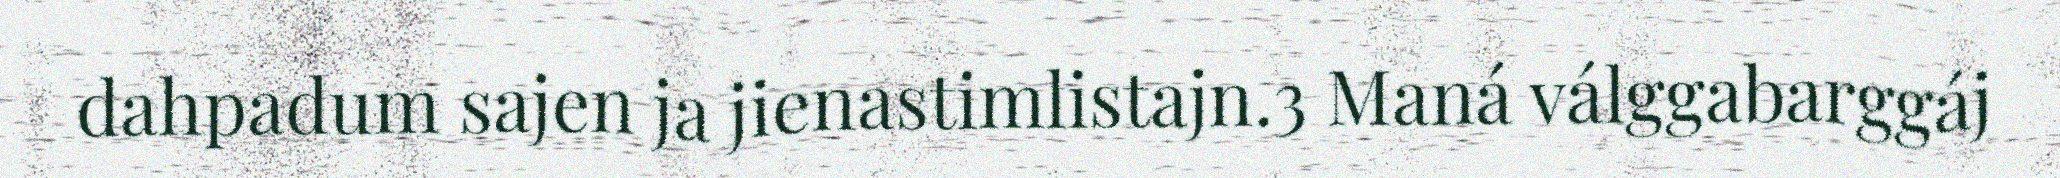
dahpadum sajen ja jienastimlistajn.3 Maná válggabarggáj